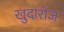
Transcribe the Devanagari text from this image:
खुदारोज